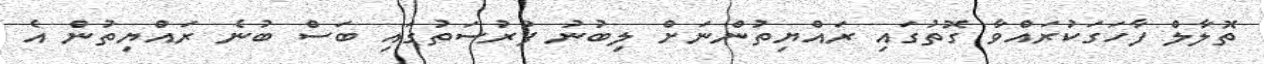
ތޮލާލް ފާހަގަކުރައްވާ ގޮތުގައި ރައްޔިތުންނަށް ލިބުނު ފުރުސަތުގައި ބަސް ބުނެ ރައްޔިތުން އެ